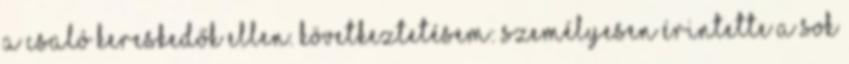
a csaló kereskedők ellen. Következtetésem: Személyesen érintette a sok